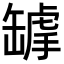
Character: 𦉌